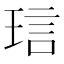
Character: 琂